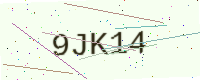
Text: 9JK14